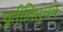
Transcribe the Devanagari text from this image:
प्रतीतिसूचक